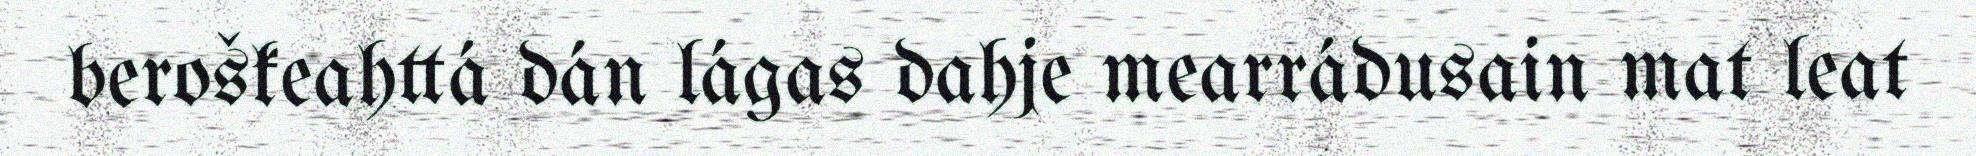
beroškeahttá dán lágas dahje mearrádusain mat leat